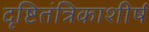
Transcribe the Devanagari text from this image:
दृष्टितंत्रिकाशीर्ष